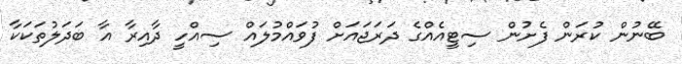
ބޭނުން ކުރަން ފެށުން ސިޓީއެއްގެ ދަރަޖައަށް ފުވައްމުލައް ސިއްހީ ދާއިރާ އާ ބަދަލުތަކަކާ